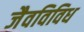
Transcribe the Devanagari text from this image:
जैवविविध